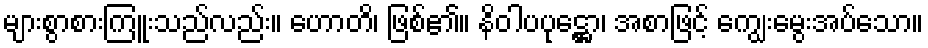
များစွာစားကြူးသည်လည်း။ ဟောတိ၊ ဖြစ်၏။ နိဝါပပုဋ္ဌော၊ အစာဖြင့် ကျွေးမွေးအပ်သော။